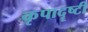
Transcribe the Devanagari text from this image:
कृपादॄष्टी